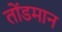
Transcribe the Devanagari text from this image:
तोंडमान